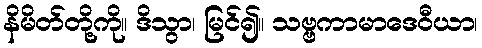
နိမိတ်တို့ကို။ ဒိသွာ၊ မြင်၍။ သဗ္ဗကာမာဒေဝီယာ၊